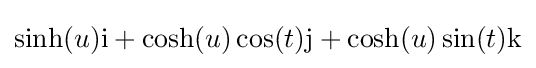
\sinh(u)\mathrm {i} +\cosh(u)\cos(t)\mathrm {j} +\cosh(u)\sin(t)\mathrm {k}